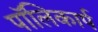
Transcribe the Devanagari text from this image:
पॉलिकार्प